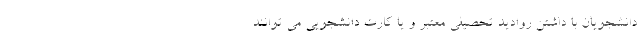
دانشجویان با داشتن روادید تحصیلی معتبر و یا کارت دانشجویی می توانند